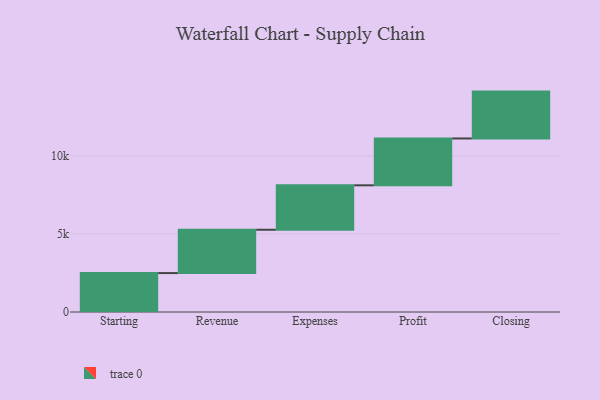
{"axis": {"x": "Step", "y": "Value"}, "legend": [""], "data": [{"x": "Starting", "y": 2492.0, "type": ""}, {"x": "Revenue", "y": 2774.0, "type": ""}, {"x": "Expenses", "y": 2845.0, "type": ""}, {"x": "Profit", "y": 3000, "type": ""}, {"x": "Closing", "y": 3000, "type": ""}]}